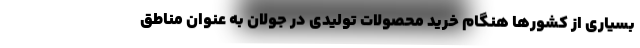
بسیاری از کشورها هنگام خرید محصولات تولیدی در جولان به عنوان مناطق